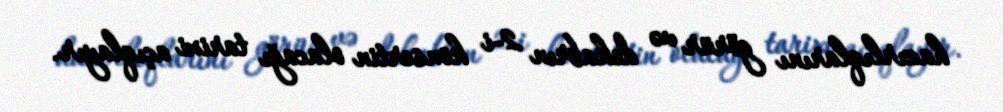
hazırlıqlarını görür və dekabrın 2-i konsertin olacağı tarixi açıqlayır.